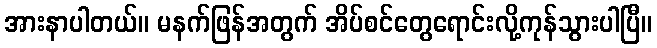
အားနာပါတယ်။ မနက်ဖြန်အတွက် အိပ်စင်တွေရောင်းလို့ကုန်သွားပါပြီ။